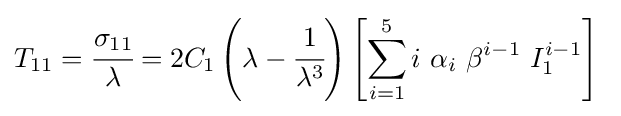
T_{11}={\cfrac {\sigma _{11}}{\lambda }}=2C_{1}\left(\lambda -{\cfrac {1}{\lambda ^{3}}}\right)\left[\sum _{i=1}^{5}i~\alpha _{i}~\beta ^{i-1}~I_{1}^{i-1}\right]~